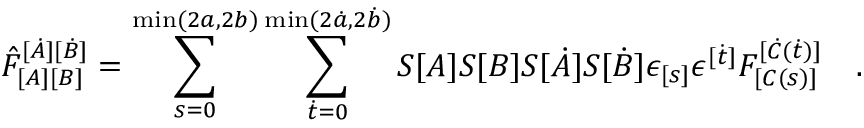
\hat { F } _ { [ A ] [ B ] } ^ { [ \dot { A } ] [ \dot { B } ] } = \sum _ { s = 0 } ^ { \operatorname * { m i n } ( 2 a , 2 b ) } \sum _ { \dot { t } = 0 } ^ { \operatorname * { m i n } ( 2 \dot { a } , 2 \dot { b } ) } S [ A ] S [ B ] S [ \dot { A } ] S [ \dot { B } ] \epsilon _ { [ s ] } \epsilon ^ { [ \dot { t } ] } F _ { [ C ( s ) ] } ^ { [ \dot { C } ( \dot { t } ) ] } \ \ \ .